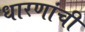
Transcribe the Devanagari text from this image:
धारणांची